Medical and sanitary report of the native army of Madras for the year
Year: 1878
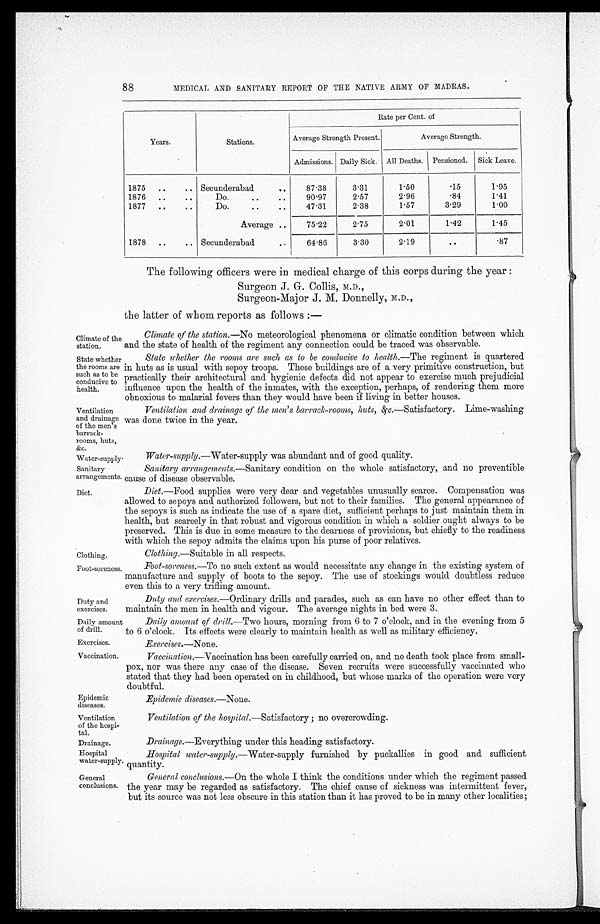
88
MEDICAL AND SANITARY REPORT OF THE NATIVE ARMY OF MADRAS.
Years.
Stations.
Rate per Cent. of
Average Strength Present.
Average Strength.
Admissions. Daily Sick. All Deaths. Pensioned. Sick Leave.
1875 ..
.. Secunderabad
..
87.38
3.31
1.50
.15
1.95
1876 ..
. .
Do.
..
..
90.97
2.57
2.96
.84
1.41
1877 ..
..
Do.
..
..
47.31
2.38
1.57
3.29
1.00
Average ..
75.22
2.75
2.01
1.42
1.45
1878 ..
.. Secunderabad
..
64.86
3.30
2.19
..
.87
Climate of the
station.
State whethe
r t h e r o o m s a r e such as to be
conducive to
health.
Ventilation
and drainage
of the men's
barrack-
rooms, huts,
&c.
Water-supply.
Sanitary
arrangements
Diet.
Clothing.
Foot-soreness
Duty and
exercises.
Daily amoun
of drill.
Exercises.
Vaccination.
Epidemic
diseases.
Ventilation
of the hospi-
tal.
Drainage.
Hospital
water-suppl3
General
conclusions.
The following officers were in medical charge of this corps during the year :
Surgeon J. G. Collis, M.D.,
Surgeon-Major J. M. Donnelly, M.D.,
the latter of whom reports as follows :—
Climate of the station .—No meteorological phenomena or climatic condition between which
and the state of health of the regiment any connection could be traced was observable.
State whether the rooms are such as to be conducive to health .—The regiment is quartered
in huts as is usual with sepoy troops These buildings are of a very primitive construction, but
practically their architectural and hygienic defects did not appear to exercise much prejudicial
influence upon the health of the inmates, with the exception, perhaps, of rendering them more
obnoxious to malarial fevers than they would have been if living in better houses.
Ventilation and drainage of the men's barrack-rooms, huts, &c .—Satisfactory. Lime-washing
was done twice in the year.
Water-supply.—Water-supply was abundant and of good quality.
Sanitary arrangements .—Sanitary condition on the whole satisfactory, and no preventible
cause of disease observable.
Diet.—Food supplies were very dear and vegetables unusually scarce. Compensation was
allowed to sepoys and authorized followers, but not to their families. The general appearance of
the sepoys is such as indicate the use of a spare diet, sufficient perhaps to just maintain them in
health, but scarcely in that robust and vigorous condition in which a soldier ought always to be
preserved. This is due in some measure to the dearness of provisions, but chiefly to the readiness
with which the sepoy admits the claims upon his purse of poor relatives.
Clothing .—Suitable in all respects.
Foot-soreness.—To no such extent as would necessitate any change in the existing system of
manufacture and supply of boots to the sepoy. The use of stockings would doubtless reduce
even this to a very trifling amount.
Duty and exercises .—Ordinary drills and parades, such as can have no other effect than to
maintain the men in health and vigour. The average nights in bed were 3.
Daily amount of drill.—Two hours, morning from 6 to 7 o'clock, and in the evening from 5
to 6 o'clock. Its effects were clearly to maintain health as well as military efficiency.
Exercises.—None.
Vaccination.—Vaccination has been carefully carried on, and no death took place from small-
pox, nor was there any case of the disease. Seven recruits were successfully vaccinated who
stated that they had been operated on in childhood, but whose marks of the operation were very
doubtful.
Epidemic diseases.—None.
Ventilation of the hospital.—Satisfactory; no overcrowding.
Drainage.—Everything under this heading satisfactory.
Hospital water-supply .—Water-supply furnished by puckallies in good and sufficient
quantity.
General conclusions .—On the whole I think the conditions under which the regiment passed
the year may be regarded as satisfactory. The chief cause of sickness was intermittent fever,
but its source was not less obscure in this station than it has proved to be in many other localities;